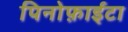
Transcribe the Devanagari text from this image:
पिनोफ़ाईटा